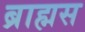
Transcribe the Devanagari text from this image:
ब्राह्मस